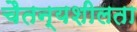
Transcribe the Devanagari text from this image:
चैतन्यशीलता